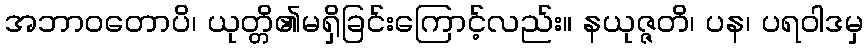
အဘာဝတောပိ၊ ယုတ္တိ၏မရှိခြင်းကြောင့်လည်း။ နယုဇ္ဇတိ၊ ပန၊ ပရဝါဒမှ